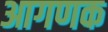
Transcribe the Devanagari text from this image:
आगणक